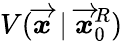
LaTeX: V(\overrightarrow{\mathbfit{x}}\mid\overrightarrow{\mathbfit{x}}_{0}^{R})